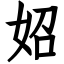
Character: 妱